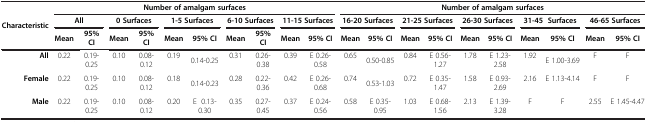
| <ROWSPAN=2> Characteristic | <COLSPAN=10> Number of amalgam surfaces | <COLSPAN=10> Number of amalgam surfaces |
 | <COLSPAN=2> All | <COLSPAN=2> 0 Surfaces | <COLSPAN=2> 1-5 Surfaces | <COLSPAN=2> 6-10 Surfaces | <COLSPAN=2> 11-15 Surfaces | <COLSPAN=2> 16-20 Surfaces | <COLSPAN=2> 21-25 Surfaces | <COLSPAN=2> 26-30 Surfaces | <COLSPAN=2> 31-45 Surfaces | <COLSPAN=2> 46-65 Surfaces |
 |  | Mean | 95% CI | Mean | 95% CI | Mean | 95% CI | Mean | 95% CI | Mean | 95% CI | Mean | 95% CI | Mean | 95% CI | Mean | 95% CI | Mean | 95% CI | Mean | 95% CI |
 | --- | --- | --- | --- | --- | --- | --- | --- | --- | --- | --- | --- | --- | --- | --- | --- | --- | --- | --- | --- | --- |
 | All | 0.22 | 0.19-0.25 | 0.10 | 0.08-0.12 | 0.19 | 0.14-0.25 | 0.31 | 0.26-0.38 | 0.39 | E 0.26-0.58 | 0.65 | 0.50-0.85 | 0.84 | E 0.56-1.27 | 1.78 | E 1.23-2.58 | 1.92 | E 1.00-3.69 | F | F |
 | Female | 0.22 | 0.19-0.25 | 0.10 | 0.08-0.12 | 0.18 | 0.14-0.23 | 0.28 | 0.22-0.36 | 0.42 | E 0.26-0.68 | 0.74 | 0.53-1.03 | 0.72 | E 0.35-1.47 | 1.58 | E 0.93-2.69 | 2.16 | E 1.13-4.14 | F | F |
 | Male | 0.22 | 0.19-0.25 | 0.10 | 0.08-0.12 | 0.20 | E 0.13-0.30 | 0.35 | 0.27-0.45 | 0.37 | E 0.24-0.56 | 0.58 | E 0.35-0.95 | 1.03 | E 0.68-1.56 | 2.13 | E 1.39-3.28 | F | F | 2.55 | E 1.45-4.47 |